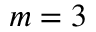
m = 3